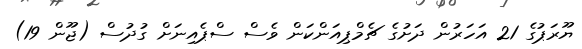
ޔޫރަޕުގެ 21 އަހަރުން ދަށުގެ ޗެމްޕިއަންކަން ވެސް ސްޕެއިނަށް ގުދުސް (ޖޫން 19)